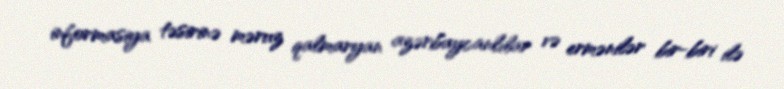
informasiya təsirinə məruz qalmaryan azərbaycanlılar və ermənilər bir-biri ilə